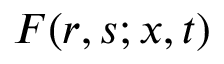
F ( r , s ; x , t )